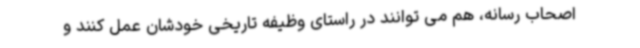
اصحاب رسانه، هم می توانند در راستای وظیفه تاریخی خودشان عمل کنند و